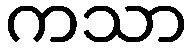
ကသာ